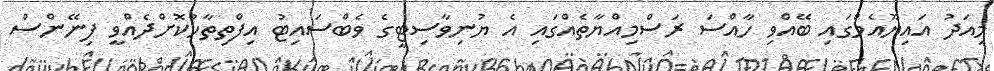
މިއަދު އައިޔޫއެމްގައި ބޭއްވި ހާއްސަ ރަސްމިއްޔާތެއްގައި އެ ޔުނިވާސިޓީގެ ވެބްސައިޓު އިފްތިތާހުކޮށްދެއްވީ ފިނޭންސް